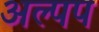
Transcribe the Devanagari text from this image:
अल्पप